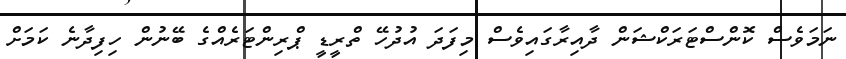
ނަމަވެސް ކޮންސްޓަރަކްޝަން ދާއިރާގައިވެސް މިފަދަ އުދުހޭ ތްރީޑީ ޕްރިންޓަރެއްގެ ބޭނުން ހިފިދާނެ ކަމަށް